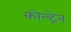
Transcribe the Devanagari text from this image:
कोल्ट्रेन